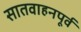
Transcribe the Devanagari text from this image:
सातवाहनपूर्व